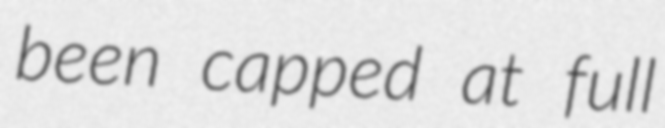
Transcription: been capped at full